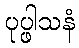
ပုပ္ဖါသနံ